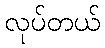
လုပ်တယ်